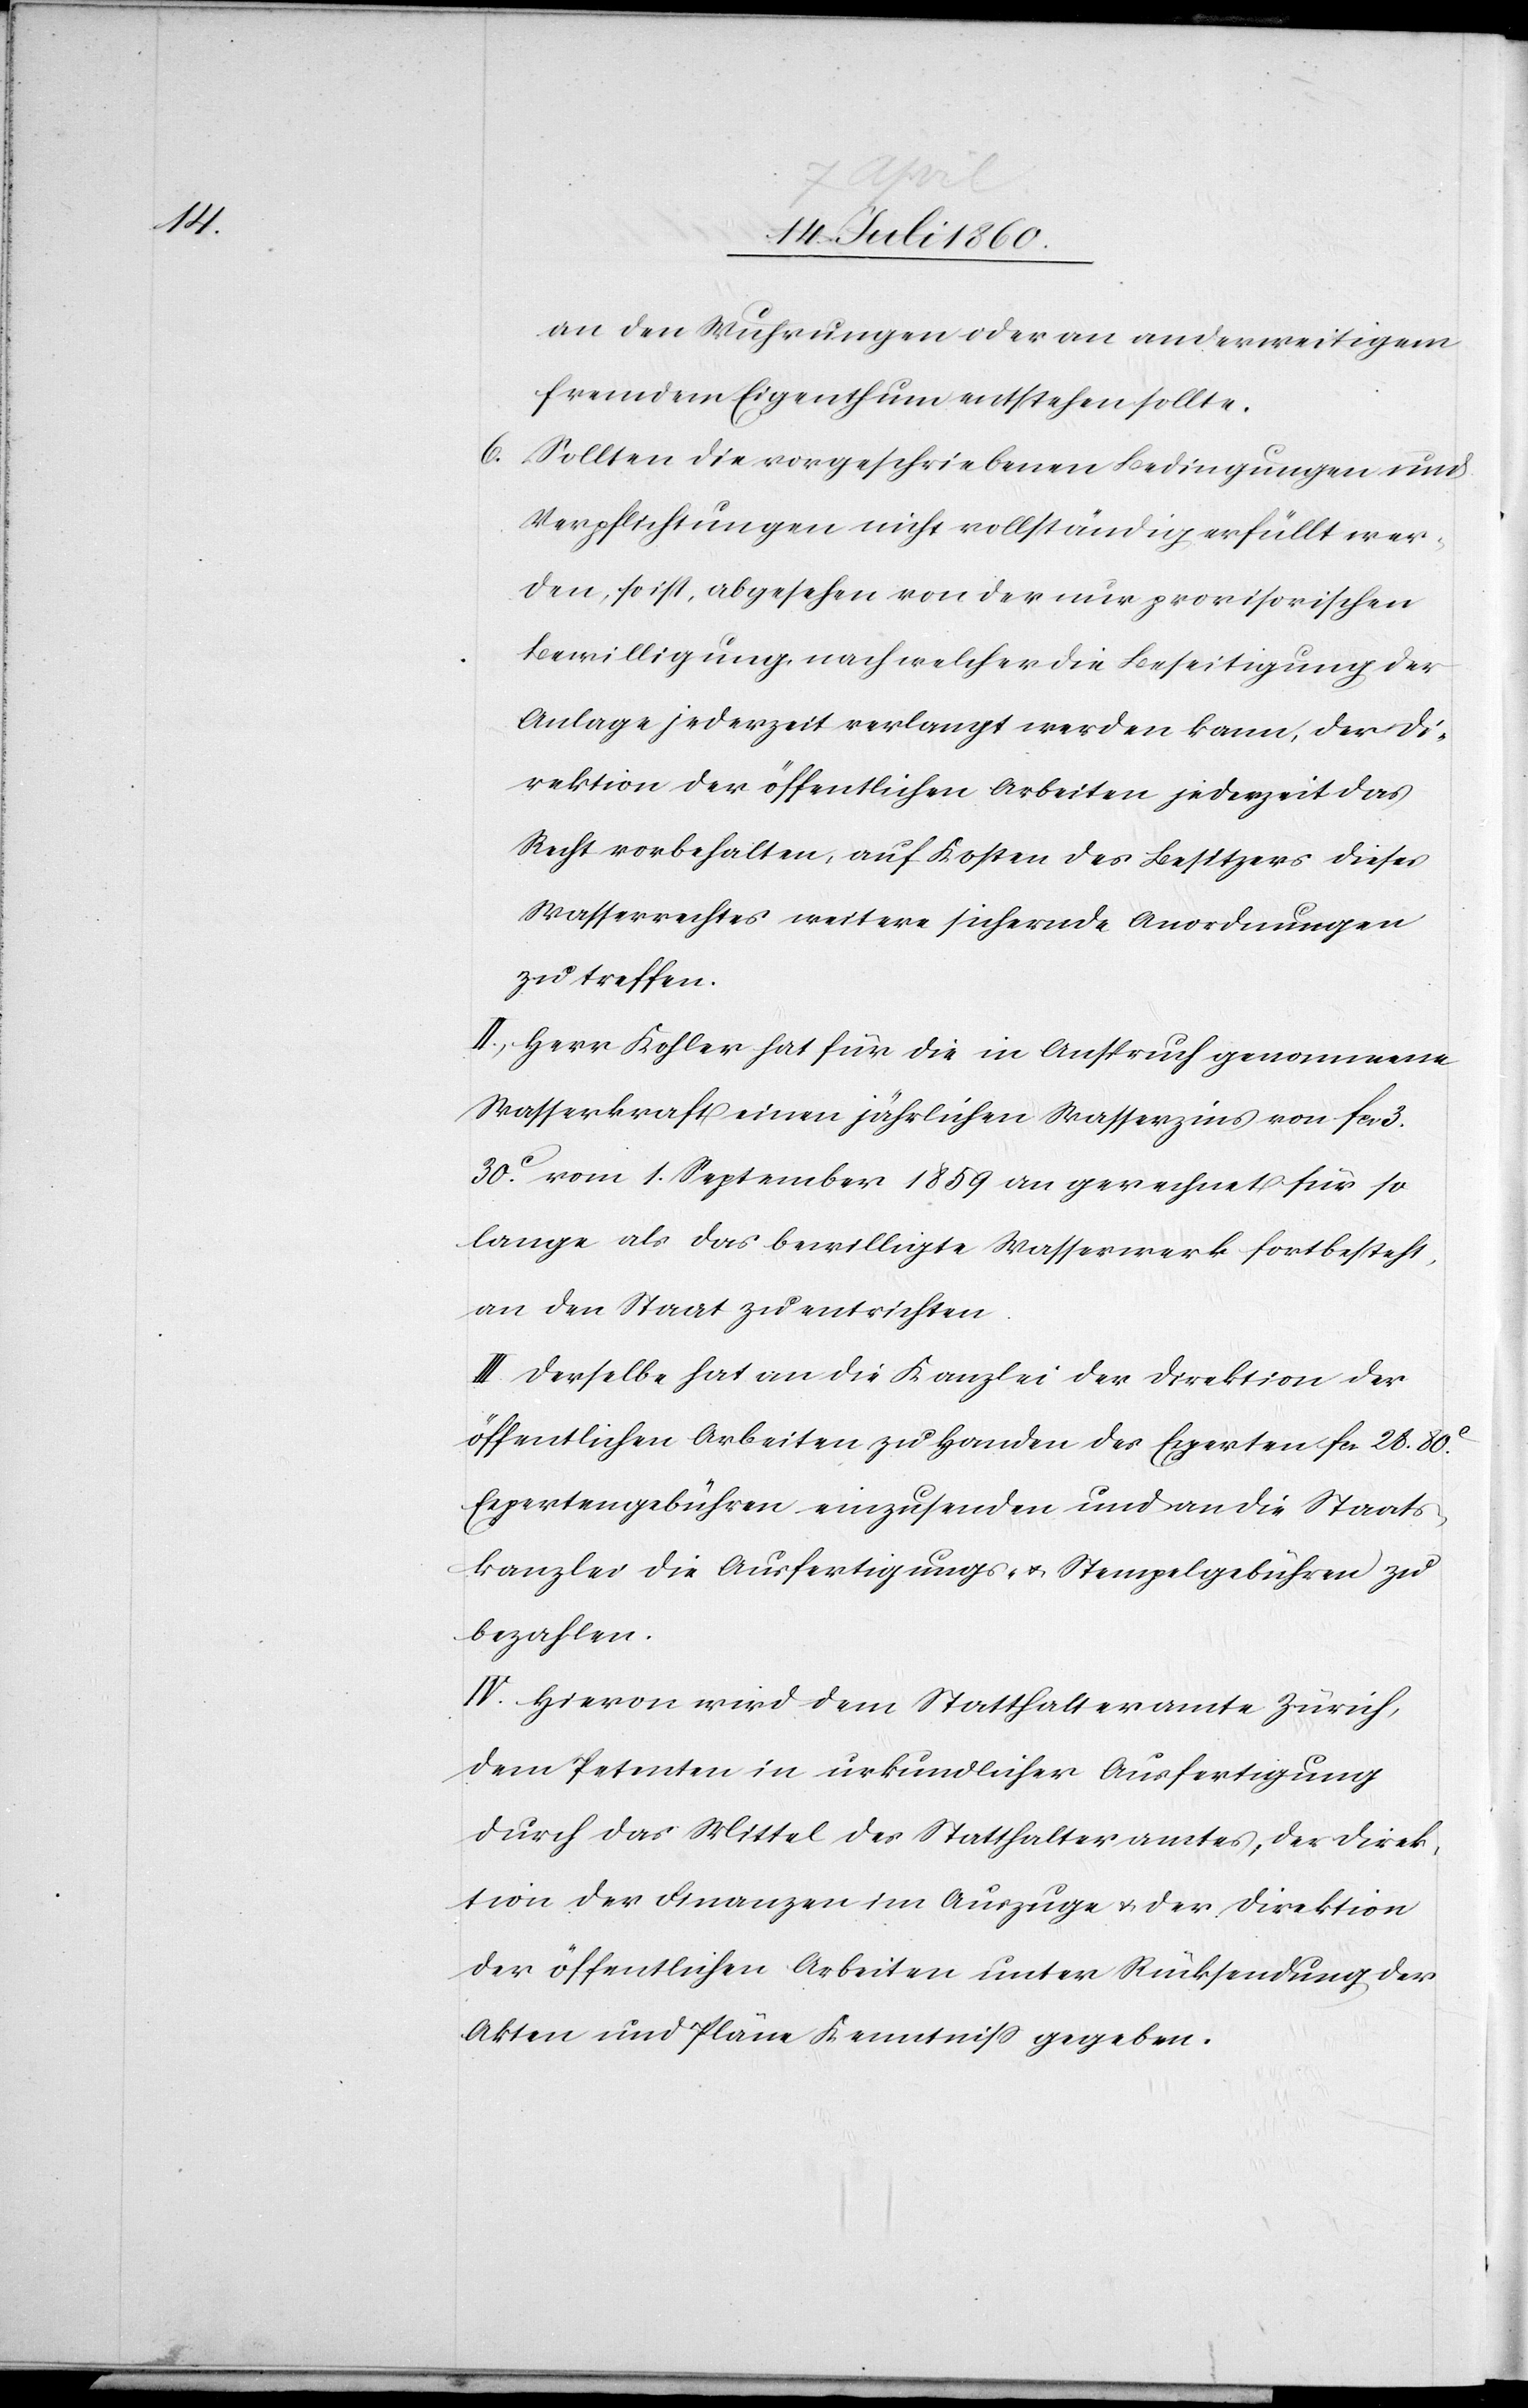
an den Wuhrungen oder an anderweitigem
fremdem Eigenthum entstehen sollte.
6. Sollten die vorgeschriebenen Bedingungen und
Verpflichtungen nicht vollständig erfüllt wer¬
den, so ist, abgesehen von der nur provisorischen
Bewilligung nach welcher die Beseitigung der
Anlage jederzeit verlangt werden kann, der Di¬
rektion der öffentlichen Arbeiten jederzeit das
Recht vorbehalten, auf Kosten des Besitzers dieses
Wasserrechtes weitere sichernde Anordnungen
zu treffen.
II. Herr Kohler hat für die in Anspruch genommene
Wasserkraft einen jährlichen Wasserzins von fcs.
30C vom 1. September 1859 an gerechnet für so
lange als das bewilligte Wasserwerk fortbesteht,
an den Staat zu entrichten.
III. Derselbe hat an die Kanzlei der Direktion der
öffentlichen Arbeiten zu Handen des Experten fcs. 28. 80C
Expertengebühren einzusenden und an die Staats¬
kanzlei die Ausfertigungs- u. Stempelgebühren zu
bezahlen.
IV. Hievon wird dem Statthalteramte Zürich,
dem Petenten in urkundlicher Ausfertigung
durch das Mittel des Statthalteramtes, der Direk¬
tion der Finanzen im Auszuge u. der Direktion
der öffentlichen Arbeiten unter Rücksendung der
Akten und Pläne Kenntniss zu geben.